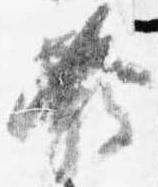
発